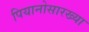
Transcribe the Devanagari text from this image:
पियानोसारख्या